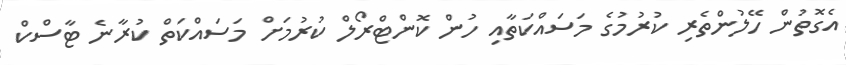
އެގޮތުން ހޭލުންތެރި ކުރުމުގެ މަސައްކަތާއި ހުން ކޮންޓްރޯލް ކުރުމަށް މަސައްކަތް ކުރާނެ ޓާސްކް